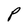
Character: P